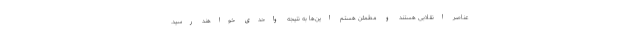
عناصر انقلابی هستند و مطمئن هستم این‌ها به نتیجه واحدی خواهند رسید.